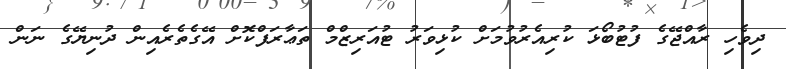
ދިވެހި ރާއްޖޭގެ ފުޓުބޯޅަ ކުރިއެރުވުމަށް ކުޅިވަރު ޓުއަރިޒްމް ތަޢާރަފްކޮށް އޭގެތެރެއިން ދުނިޔޭގެ ނަން